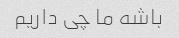
باشه ما چی داریم